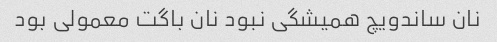
نان ساندویچ همیشگی نبود نان باگت معمولی بود